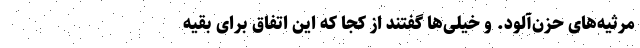
مرثیه‌های حزن‌آلود. و خیلی‌ها گفتند از کجا که این اتفاق برای بقیه